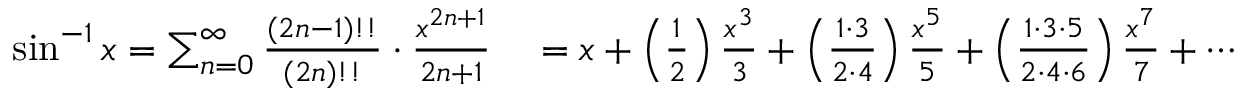
\begin{array} { r l } { \sin ^ { - 1 } x = \sum _ { n = 0 } ^ { \infty } { \frac { ( 2 n - 1 ) ! ! } { ( 2 n ) ! ! } } \cdot { \frac { x ^ { 2 n + 1 } } { 2 n + 1 } } } & { { } = x + \left( { \frac { 1 } { 2 } } \right) { \frac { x ^ { 3 } } { 3 } } + \left( { \frac { 1 \cdot 3 } { 2 \cdot 4 } } \right) { \frac { x ^ { 5 } } { 5 } } + \left( { \frac { 1 \cdot 3 \cdot 5 } { 2 \cdot 4 \cdot 6 } } \right) { \frac { x ^ { 7 } } { 7 } } + \cdots } \end{array}